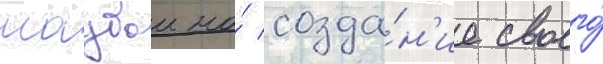
маубои на́ созда́н'ие своего́